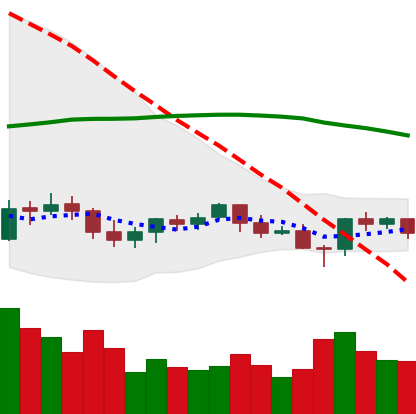
Ticker: BTC-USD
Chart end date: 2021-06-12
Forward return: 7.035%
Label: up_7plus